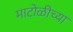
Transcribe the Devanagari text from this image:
माटोळीच्या